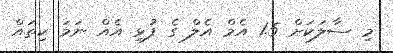
މި ސާލަކަށް 1.5 އެމް އެލް ގެ ފުޅި އެއް ނަމަ ކިތައް